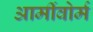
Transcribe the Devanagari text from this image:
आर्मीवोर्म